Civil Veterinary Department ledger series I-VI
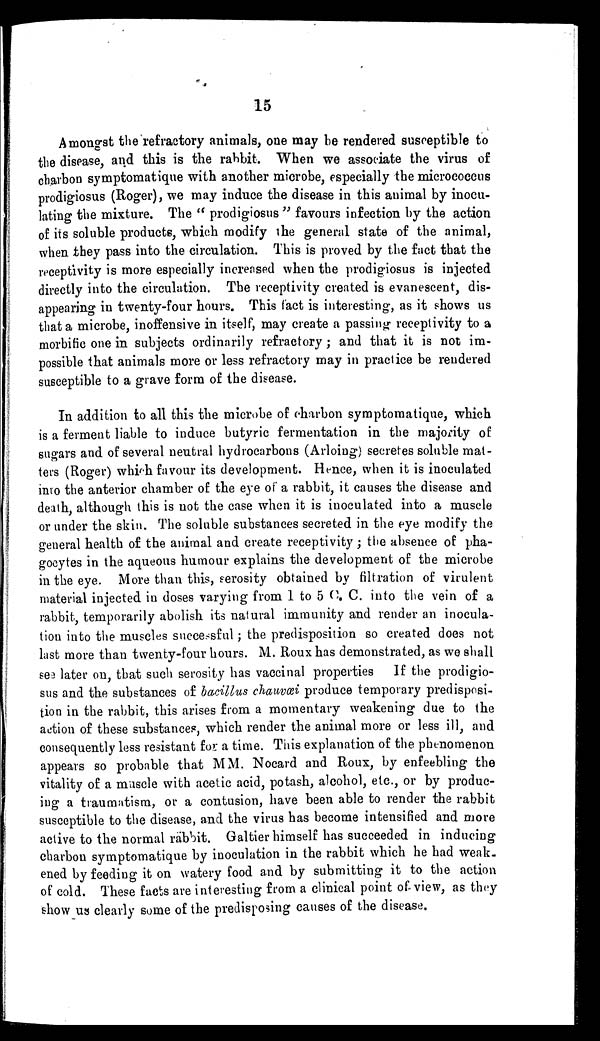
15
Amongst the refractory animals, one may be rendered susceptible to
the disease, and this is the rabbit. When we associate the virus of
charbon symptomatique with another microbe, especially the micrococcus
prodigiosus (Roger), we may induce the disease in this animal by inocu-
lating the mixture. The " prodigiosus " favours infection by the action
of its soluble products, which modify the general state of the animal,
when they pass into the circulation. This is proved by the fact that the
receptivity is more especially increased when the prodigiosus is injected
directly into the circulation. The receptivity created is evanescent, dis-
appearing in twenty-four hours. This fact is interesting, as it shows us
that a microbe, inoffensive in itself, may create a passing receptivity to a
morbific one in subjects ordinarily refractory; and that it is not im-
possible that animals more or less refractory may in practice be rendered
susceptible to a grave form of the disease.
In addition to all this the microbe of charbon symptomatique, which
is a ferment liable to induce butyric fermentation in the majority of
sugars and of several neutral hydrocarbons (Arloing) secretes soluble mat-
ters (Roger) which favour its development. Hence, when it is inoculated
into the anterior chamber of the eye of a rabbit, it causes the disease and
death, although this is not the case when it is inoculated into a muscle
or under the skin. The soluble substances secreted in the eye modify the
general health of the animal and create receptivity; the absence of pha-
gocytes in the aqueous humour explains the development of the microbe
in the eye. More than this, serosity obtained by filtration of virulent
material injected in doses varying from 1 to 5 C C. into the vein of a
rabbit, temporarily abolish its natural immunity and render an inocula-
tion into the muscles successful; the predisposition so created does not
last more than twenty-four hours. M. Roux has demonstrated, as we shall
see later on, that such serosity has vaccinal properties If the prodigio-
sus and the substances of bacillus chauvœi produce temporary predisposi-
tion in the rabbit, this arises from a momentary weakening due to the
action of these substances, which render the animal more or less ill, and
consequently less resistant for a time. This explanation of the phenomenon
appears so probable that MM. Nocard and Roux, by enfeebling the
vitality of a muscle with acetic acid, potash, alcohol, etc., or by produc-
ing a traumatism, or a contusion, have been able to render the rabbit
susceptible to the disease, and the virus has become intensified and more
active to the normal rabbit. Galtier himself has succeeded in inducing
charbon symptomatique by inoculation in the rabbit which he had weak-
ened by feeding it on watery food and by submitting it to the action
of cold. These facts are interesting from a clinical point of view, as they
show us clearly some of the predisposing causes of the disease.